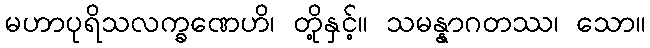
မဟာပုရိသလက္ခဏေဟိ၊ တို့နှင့်။ သမန္နာဂတဿ၊ သော။